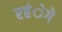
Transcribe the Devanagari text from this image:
रहंेगे